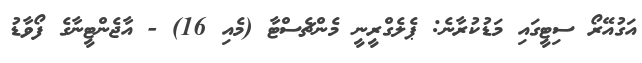
އަގުއޭރޯ ސިޓީގައި މަޑުކުރާނެ: ޕެލެގްރީނީ މެންޗެސްޓާ (މެއި 16) - އާޖެންޓީނާގެ ފޯވާޑު